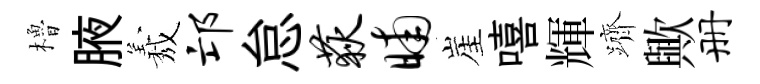
櫓腋𦏁邙怠荻晡崖嘻輝躋歟册